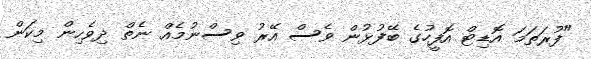
"ފުރަތަމަ އޮޑިޓް އޮފީހުގެ ބޭފުޅުން ވެސް އޭރު ވިސްނުމެއް ނެތް ދިވެހިން މިކަން